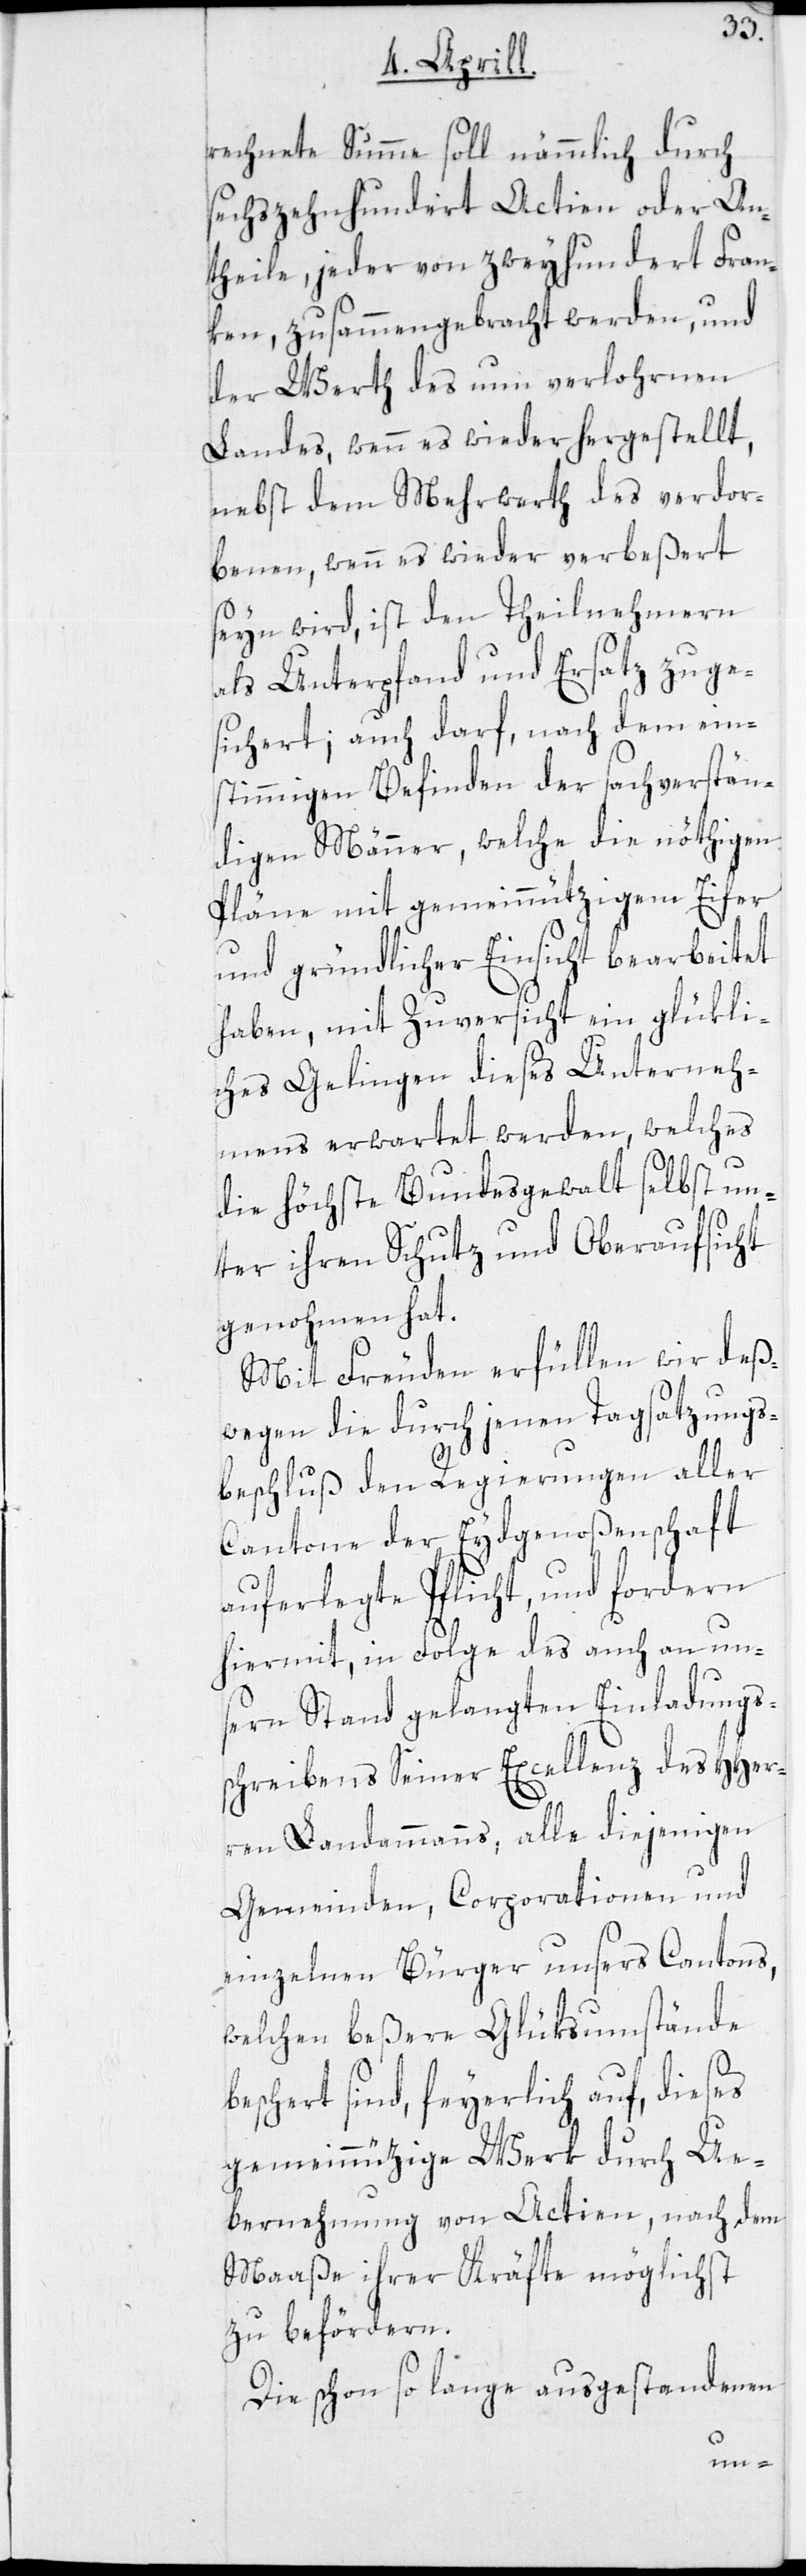
rechnete Summe soll nämmlich durch
sechszehnhundert Actien oder An¬
theile, jeder von zweyhundert Fran¬
ken, zusammengebracht werden, und
der Werth des nun verlohrnen
Landes, wenn es wiederhergestellt,
nebst dem Mehrwerth des verdor¬
benen, wenn es wieder verbeßert
seyn wird, ist den Theilnehmern
als Unterpfand und Ersatz zuge¬
sichert; auch darf, nach dem eins¬
timmigen Befinden der sachverstän¬
digen Männer, welche die nöthigen
Pläne mit gemeinnützigem Eifer
und gründlicher Einsicht bearbeitet
haben, mit Zuversicht ein glückli¬
ches Gelingen dieses Unterneh¬
mens erwartet werden, welches
die höchste Bundesgewalt selbst un¬
ter ihren Schutz und Oberaufsicht
genohmen hat.
Mit Freuden erfüllen wir deß¬
wegen die durch jenen Tagsatzungs¬
beschluß den Regierungen aller
Cantone der Eydgenoßenschaft
auferlegte Pflicht, und fordern
hiermit, in Folge des auch an uns¬
ern Stand gelangten Einladungs¬
schreibens Seiner Excellenz des HHer¬
ren Landammanns; alle diejenigen
Gemeinden, Corporationen und
einzelnen Bürger unsers Cantons,
welchen beßere Glücksumstände
beschert sind, feyerlich auf, dieses
gemeinnützige Werk durch Ue¬
bernehmung von Actien, nach dem
Maaße ihrer Kräfte möglichst
zu befördern.
Die schon so lange ausgestandenen